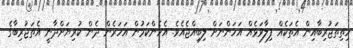
ހިތިތަޖުރިބާއިން އެތަކެއް ފިލާވަޅެއް އަހަންނަށް ލިބިއްޖެއެވެ. އެހެންކަމުން އަހަރެން ދެން ކުރިޔަށްދާނީ އެތަޖުރިބާގެ